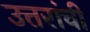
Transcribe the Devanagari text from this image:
उत्तरांची